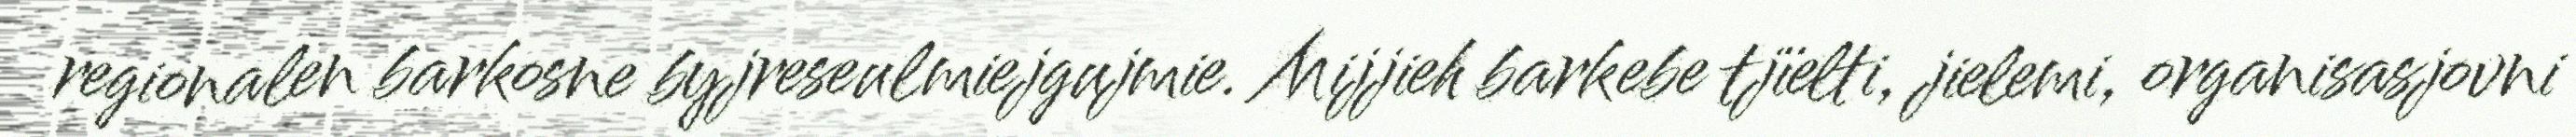
regionalen barkosne byjreseulmiejgujmie. Mijjieh barkebe tjïelti, jielemi, organisasjovni